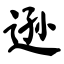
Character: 逊